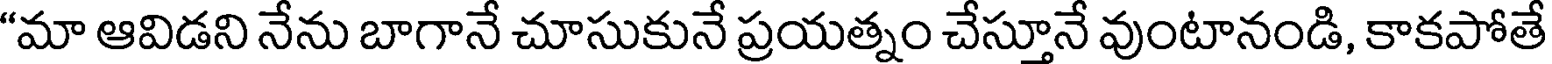
"మా ఆవిడని నేను బాగానే చూసుకునే ప్రయత్నం చేస్తూనే వుంటానండి, కాకపోతే